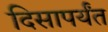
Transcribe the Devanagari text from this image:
दिसापर्यंत